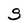
Character: S